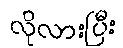
လိုလားပြီး